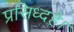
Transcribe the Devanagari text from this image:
प्रसिध्दहै।